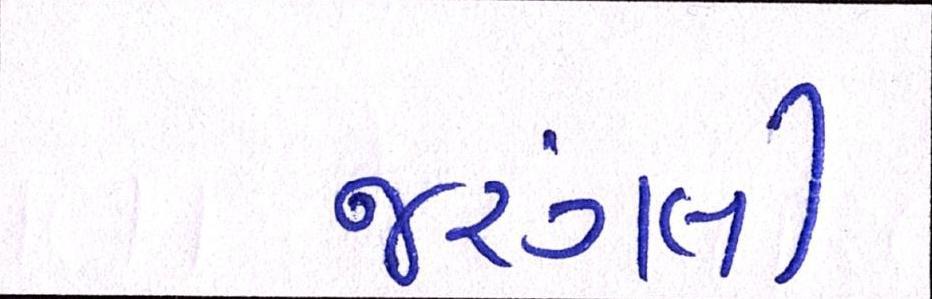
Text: જરગલી